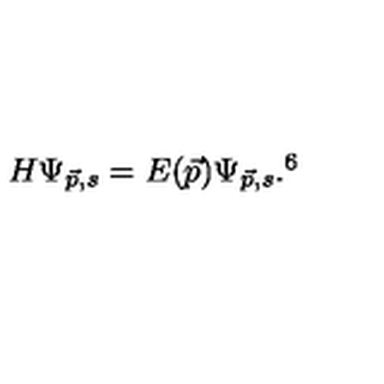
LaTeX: H \Psi _ { \vec { p } , s } = E ( \vec { p } ) \Psi _ { \vec { p } , s } . \footnotemark [ 6 ]